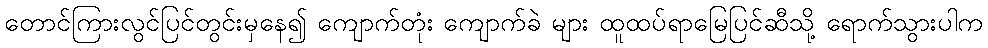
တောင်ကြားလွင်ပြင်တွင်းမှနေ၍ ကျောက်တုံး ကျောက်ခဲ များ ထူထပ်ရာမြေပြင်ဆီသို့ ရောက်သွားပါက